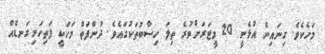
މަހެކެވެ. ގިނައިން އުޅެނީ 20 މީޓަރަށްވުރެ ތިލަ ހިސާބުތަކުގައެވެ. ދުންފަތް މަހަކީ ފަތިހަށިގަނޑެއް